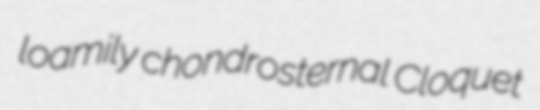
loamily chondrosternal Cloquet